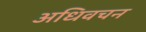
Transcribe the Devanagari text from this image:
अधिवचन